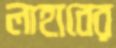
লাহাবের